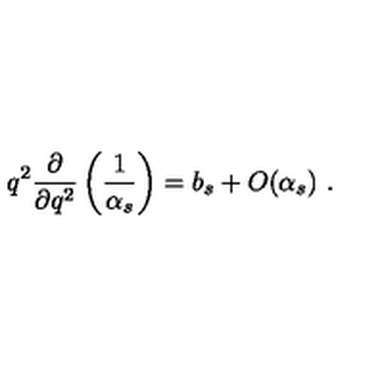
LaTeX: q ^ { 2 } \frac { \partial } { \partial q ^ { 2 } } \left( \frac { 1 } { \alpha _ { s } } \right) = b _ { s } + O ( \alpha _ { s } ) \ .